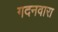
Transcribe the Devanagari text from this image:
गदनवारा